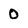
Character: 0